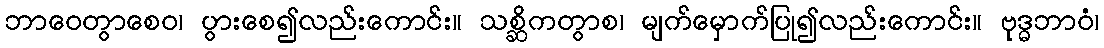
ဘာဝေတွာစေဝ၊ ပွားစေ၍လည်းကောင်း။ သစ္ဆိကတွာစ၊ မျက်မှောက်ပြု၍လည်းကောင်း။ ဗုဒ္ဓဘာဝံ၊